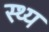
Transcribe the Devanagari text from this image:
स्थ्य